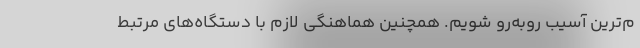
م‌ترین آسیب روبه‌رو شویم. همچنین هماهنگی لازم با دستگاه‌های مرتبط